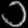
Digit: ၁